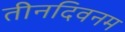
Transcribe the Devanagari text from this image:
तीनदिवनम